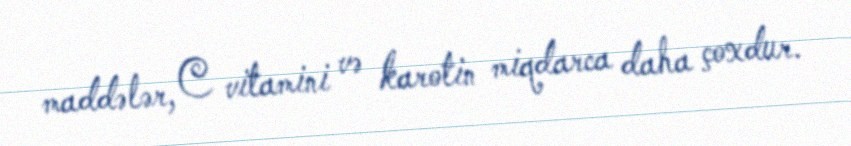
maddələr, C vitamini və karotin miqdarca daha çoxdur.